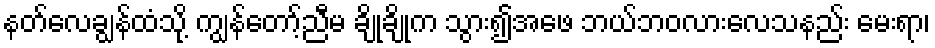
နတ်လေချွန်ထံသို့ ကျွန်တော့်ညီမ ချိုချိုက သွား၍အဖေ ဘယ်ဘဝလားလေသနည်း မေးရာ၊